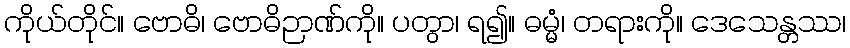
ကိုယ်တိုင်။ ဗောဓိ၊ ဗောဓိဉာဏ်ကို။ ပတွာ၊ ရ၍။ ဓမ္မံ၊ တရားကို။ ဒေသေန္တဿ၊